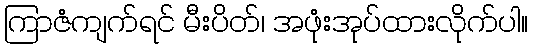
ကြာဇံကျက်ရင် မီးပိတ်၊ အဖုံးအုပ်ထားလိုက်ပါ။